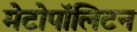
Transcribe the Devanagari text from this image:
मेटोपॉलिटन